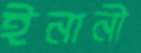
ইনানী